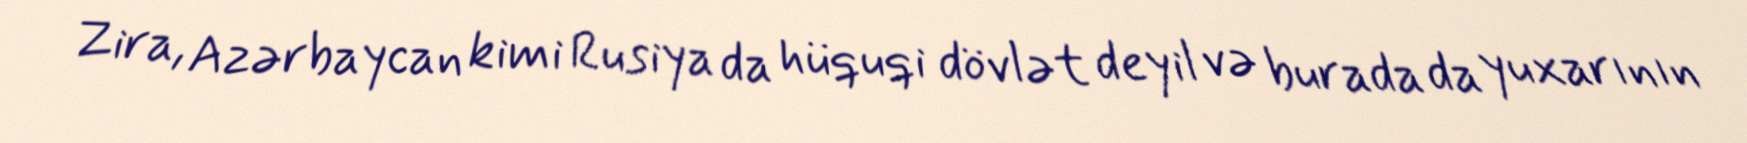
Zira, Azərbaycan kimi Rusiya da hüquqi dövlət deyil və burada da yuxarının